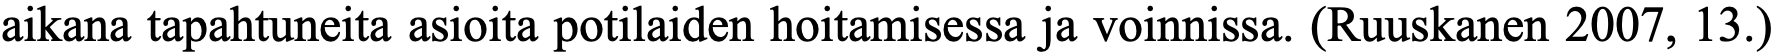
aikana tapahtuneita asioita potilaiden hoitamisessa ja voinnissa. (Ruuskanen 2007, 13.)